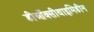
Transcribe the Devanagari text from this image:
डीऑक्सीथाइमिडीन